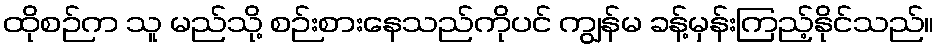
ထိုစဉ်က သူ မည်သို့ စဉ်းစားနေသည်ကိုပင် ကျွန်မ ခန့်မှန်းကြည့်နိုင်သည်။